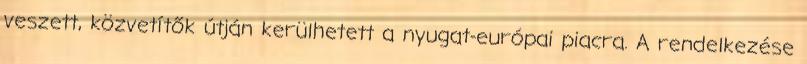
veszett, közvetítők útján kerülhetett a nyugat-európai piacra. A rendelkezése